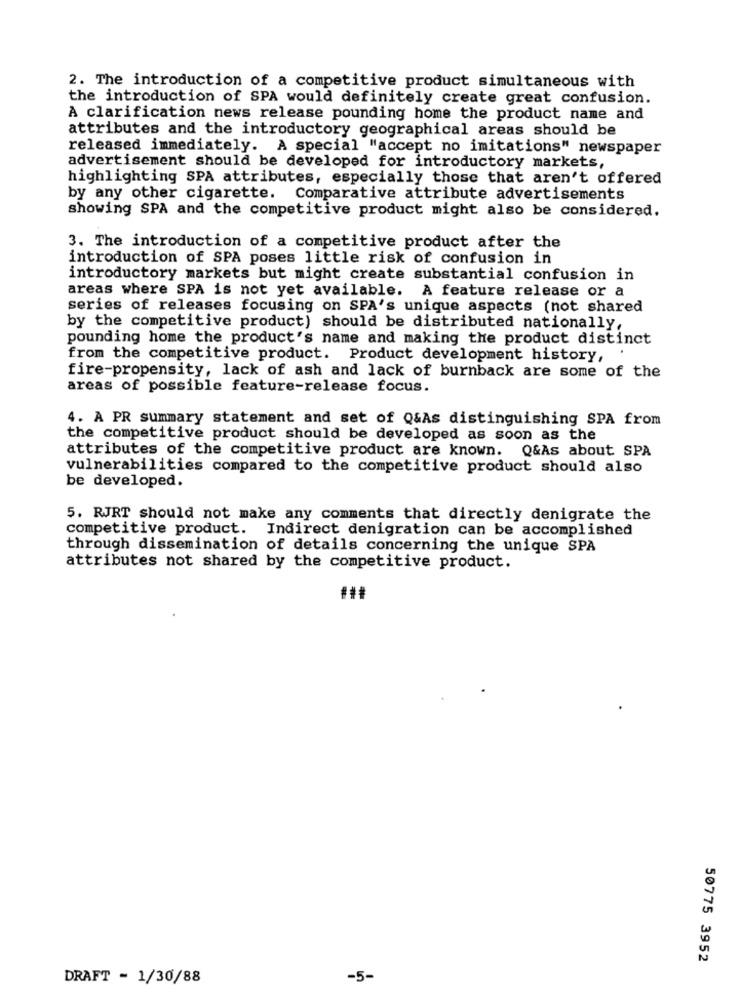
2. The introduction of a competitive product simultaneous with
the introduction of SPA would definitely create great confusion.
À clarification news release pounding home the product name and
attributes and the introductory geographical areas should be
released immediately. A special "accept no imitations" newspaper
advertisement should be developed for introductory markets,
highlighting SPA attributes, especially those that aren't offered
by any other cigarette. Comparative attribute advertisements
showing SPA and the competitive product might also be considered.
3. The introduction of a competitive product after the
introduction of SPA poses little risk of confusion in
introductory markets but might create substantial confusion in
areas where SPA is not yet available. A feature release or a
series of releases focusing on SPA's unique aspects (not shared
by the competitive product) should be distributed nationally,
pounding home the product's name and making the product distinct
from the competitive product. Product development history,
fire-propensity, lack of ash and lack of burnback are some of the
areas of possible feature-release focus.
4. A PR summary statement and set of Q&As distinguishing SPA from
the competitive product should be developed as soon as the
attributes of the competitive product are known. Q&As about SPA
vulnerabilities compared to the competitive product should also
be developed.
5. RJRT should not make any comments that directly denigrate the
competitive product. Indirect denigration can be accomplished
through dissemination of details concerning the unique SPA
attributes not shared by the competitive product.
50775 3952
DRAFT - 1/30/88
-5-